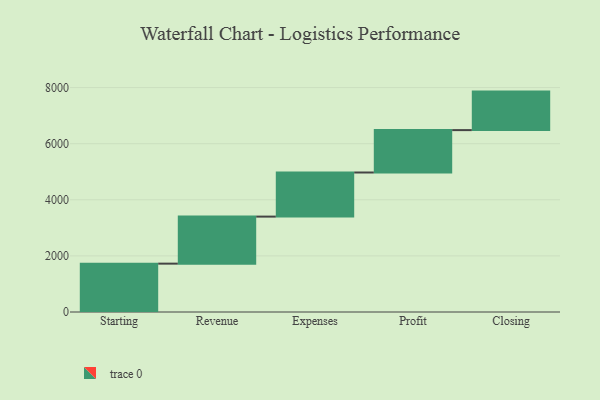
{"axis": {"x": "Step", "y": "Value"}, "legend": [""], "data": [{"x": "Starting", "y": 1724.0, "type": ""}, {"x": "Revenue", "y": 1677.0, "type": ""}, {"x": "Expenses", "y": 1572.0, "type": ""}, {"x": "Profit", "y": 1511.0, "type": ""}, {"x": "Closing", "y": 1373.0, "type": ""}]}